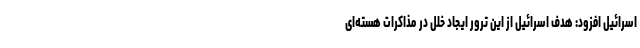
اسرائیل افزود: هدف اسرائیل از این ترور ایجاد خلل در مذاکرات هسته‌ای